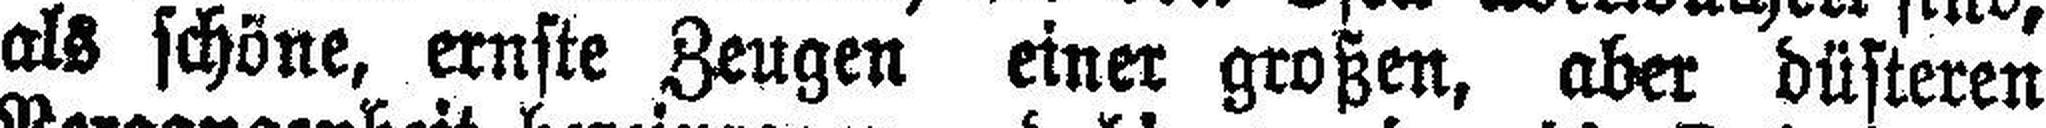
als schöne, ernste Zeugen einer großen, aber düsteren